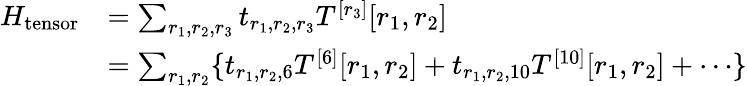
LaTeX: \begin{array}{rl}{H_{\mathrm{tensor}}}&{=\sum_{r_{1},r_{2},r_{3}}t_{r_{1},r_{2},r_{3}}T^{[r_{3}]}[r_{1},r_{2}]}\\ &{=\sum_{r_{1},r_{2}}\{ t_{r_{1},r_{2},6}T^{[6]}[r_{1},r_{2}]+t_{r_{1},r_{2},10}T^{[10]}[r_{1},r_{2}]+\cdots\} }\end{array}